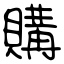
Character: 購